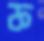
ফ